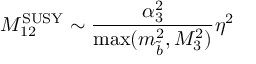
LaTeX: M _ { 1 2 } ^ { \mathrm { S U S Y } } \sim \frac { \alpha _ { 3 } ^ { 2 } } { \operatorname * { m a x } ( m _ { \tilde { b } } ^ { 2 } , M _ { 3 } ^ { 2 } ) } \eta ^ { 2 }